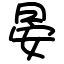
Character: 晏